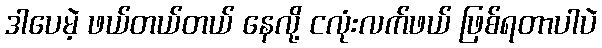
ဒါပေမဲ့ ဖယ်တယ်တယ် နေလို့ ငလုံးလက်ဖယ် ဖြစ်ရတာပါပဲ